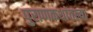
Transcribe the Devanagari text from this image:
पुराणकथांतल्या